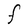
Character: F